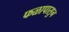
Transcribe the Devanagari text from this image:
फळापासुन